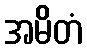
အမိတံ